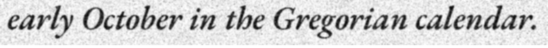
early October in the Gregorian calendar.